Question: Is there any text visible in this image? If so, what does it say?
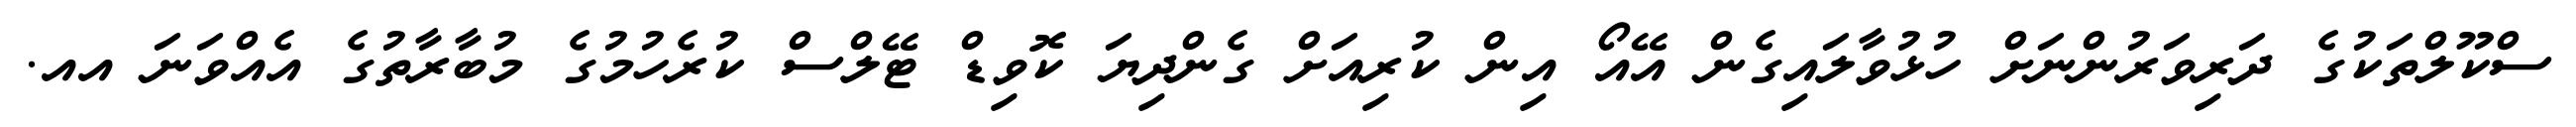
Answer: ސްކޫލްތަކުގެ ދަރިވަރުންނަށް ހުޅުވާލައިގެން އޭއޯ އިން ކުރިއަށް ގެންދިޔަ ކޮވިޑް ޓޭލްސް ކުރެހުމުގެ މުބާރާތުގެ އެއްވަނަ އއ.